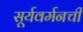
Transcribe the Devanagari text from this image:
सूर्यवर्मनची